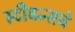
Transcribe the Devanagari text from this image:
स्टीवन्सचे